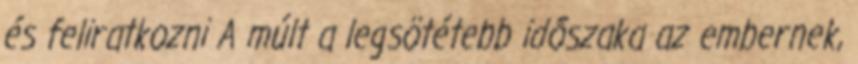
és feliratkozni A múlt a legsötétebb időszaka az embernek,